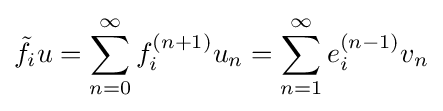
{\tilde {f}}_{i}u=\sum _{n=0}^{\infty }f_{i}^{(n+1)}u_{n}=\sum _{n=1}^{\infty }e_{i}^{(n-1)}v_{n}